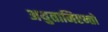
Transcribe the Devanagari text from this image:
अयुतामिएन्तो